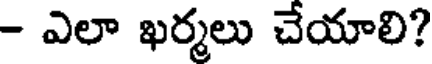
- ఎలా ఖర్మలు చేయాలి?